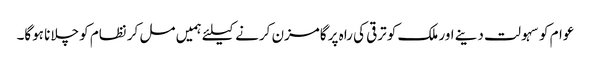
عوام کو سہولت دینے اور ملک کو ترقی کی راہ پر گامزن کرنے کیلئے ہمیں مل کر نظام کو چلانا ہوگا۔